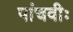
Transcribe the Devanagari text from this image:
पांचवीः